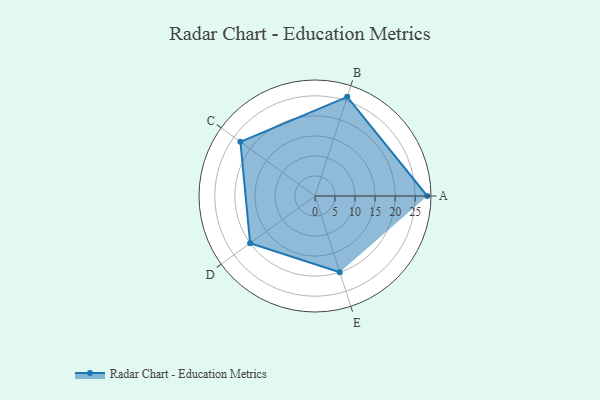
{"axis": {"x": "Skill", "y": "Score"}, "legend": ["Profile"], "data": [{"x": "A", "y": 28.0, "type": "Profile"}, {"x": "B", "y": 26.0, "type": "Profile"}, {"x": "C", "y": 23.0, "type": "Profile"}, {"x": "D", "y": 20.0, "type": "Profile"}, {"x": "E", "y": 20, "type": "Profile"}]}